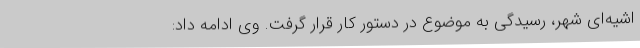
اشیه‌ای شهر، رسیدگی به موضوع در دستور کار قرار گرفت. وی ادامه داد: